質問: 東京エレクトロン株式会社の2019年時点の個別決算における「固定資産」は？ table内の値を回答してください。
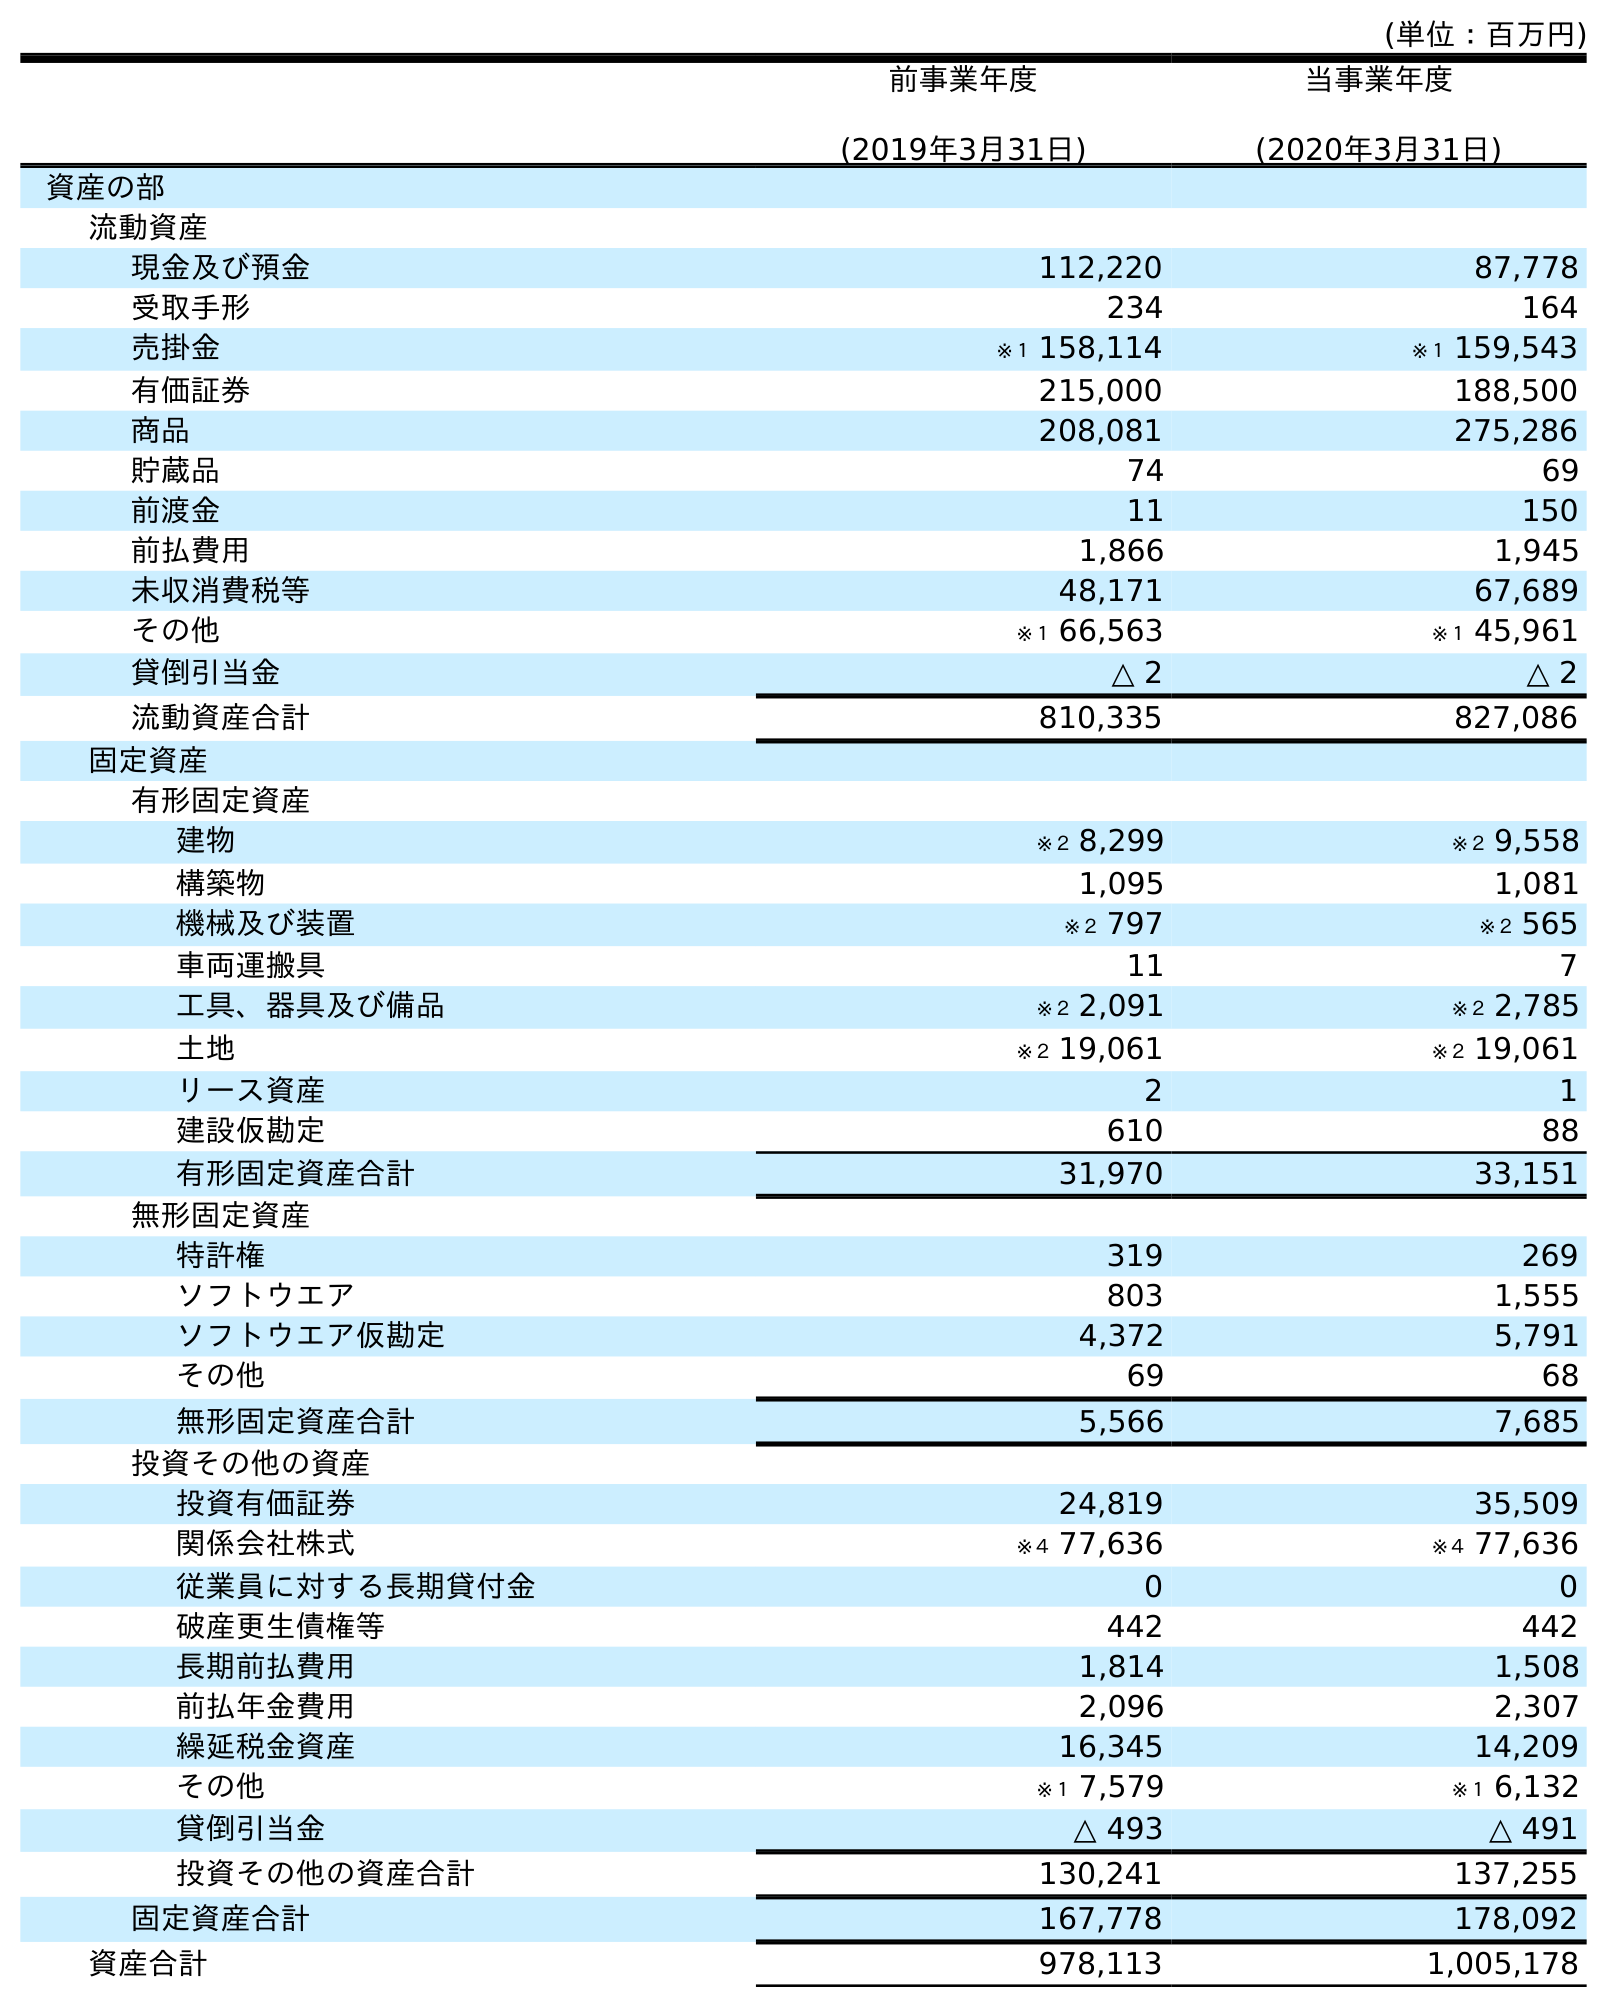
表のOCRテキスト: (単位：百万円) 前事業年度 (2019年3月31日) 当事業年度 (2020年3月31日) 資産の部 流動資産 現金及び預金 112,220 87,778 受取手形 234 164 売掛金 ※１ 158,114 ※１ 159,543 有価証券 215,000 188,500 商品 208,081 275,286 貯蔵品 74 69 前渡金 11 150 前払費用 1,866 1,945 未収消費税等 48,171 67,689 その他 ※１ 66,563 ※１ 45,961 貸倒引当金 △ 2 △ 2 流動資産合計 810,335 827,086 固定資産 有形固定資産 建物 ※２ 8,299 ※２ 9,558 構築物 1,095 1,081 機械及び装置 ※２ 797 ※２ 565 車両運搬具 11 7 工具、器具及び備品 ※２ 2,091 ※２ 2,785 土地 ※２ 19,061 ※２ 19,061 リース資産 2 1 建設仮勘定 610 88 有形固定資産合計 31,970 33,151 無形固定資産 特許権 319 269 ソフトウエア 803 1,555 ソフトウエア仮勘定 4,372 5,791 その他 69 68 無形固定資産合計 5,566 7,685 投資その他の資産 投資有価証券 24,819 35,509 関係会社株式 ※４ 77,636 ※４ 77,636 従業員に対する長期貸付金 0 0 破産更生債権等 442 442 長期前払費用 1,814 1,508 前払年金費用 2,096 2,307 繰延税金資産 16,345 14,209 その他 ※１ 7,579 ※１ 6,132 貸倒引当金 △ 493 △ 491 投資その他の資産合計 130,241 137,255 固定資産合計 167,778 178,092 資産合計 978,113 1,005,178
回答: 167,778